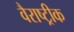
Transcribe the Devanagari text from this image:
वैराष्ट्रीक